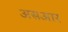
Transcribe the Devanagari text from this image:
असआर